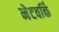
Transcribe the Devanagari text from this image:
नेटवर्किं